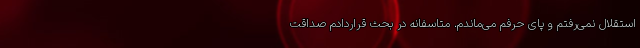
استقلال نمی‌رفتم و پای حرفم می‌ماندم. متاسفانه در بحث قراردادم صداقت